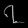
Digit: ၇